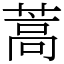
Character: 蒿